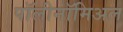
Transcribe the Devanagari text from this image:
पॉलीनॉमिअल